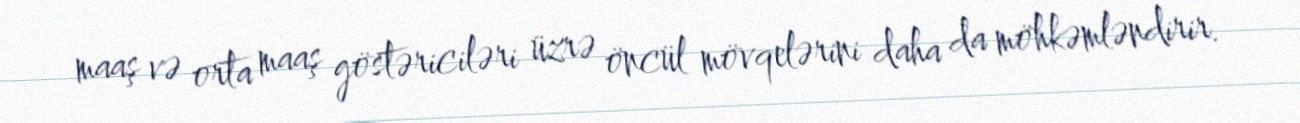
maaş və orta maaş göstəriciləri üzrə öncül mövqelərini daha da möhkəmləndirir.